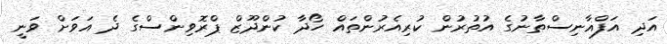
އަދި އަފްޣާނިސްތާނުގެ އުތުރުން ކުރިއެރުންތައް ހޯދާ ކުންދޫޒް ޕްރޮވިންސްގެ ދެ އަވަށް ވަނީ